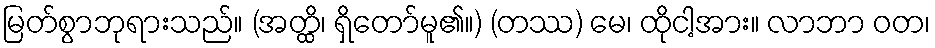
မြတ်စွာဘုရားသည်။ (အတ္ထိ၊ ရှိတော်မူ၏။) (တဿ) မေ၊ ထိုငါ့အား။ လာဘာ ဝတ၊